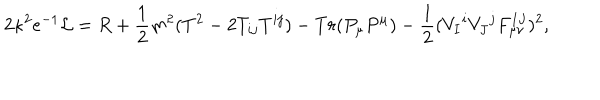
2 \kappa ^ { 2 } e ^ { - 1 } { \cal L } = R + { \frac { 1 } { 2 } } m ^ { 2 } ( T ^ { 2 } - 2 T _ { i j } T ^ { i j } ) - T r ( P _ { \mu } P ^ { \mu } ) - { \frac { 1 } { 2 } } ( V _ { I } { } ^ { i } V _ { J } { } ^ { j } F _ { \mu \nu } ^ { I J } ) ^ { 2 } ,